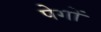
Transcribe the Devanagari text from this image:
पेगों